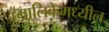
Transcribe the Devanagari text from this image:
मालिकेमध्यील